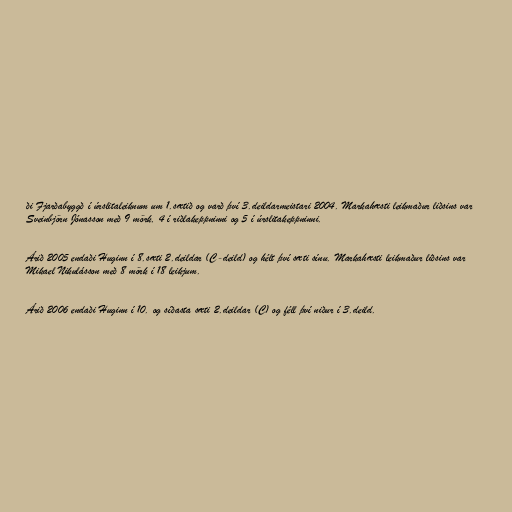
ði Fjarðabyggð í úrslitaleiknum um 1.sætið og varð því 3.deildarmeistari 2004. Markahæsti leikmaður liðsins var
Sveinbjörn Jónasson með 9 mörk, 4 í riðlakeppninni og 5 í úrslitakeppninni.

Árið 2005 endaði Huginn í 8.sæti 2.deildar (C-deild) og hélt því sæti sínu. Markahæsti leikmaður liðsins var
Mikael Nikulásson með 8 mörk í 18 leikjum.

Árið 2006 endaði Huginn í 10. og síðasta sæti 2.deildar (C) og féll því niður í 3.deild.